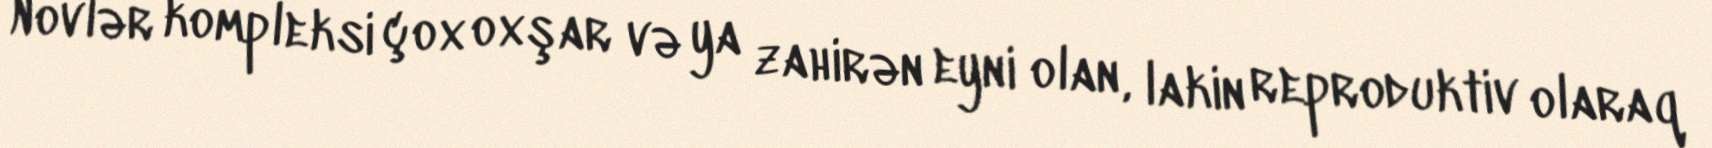
Növlər kompleksi çox oxşar və ya zahirən eyni olan, lakin reproduktiv olaraq